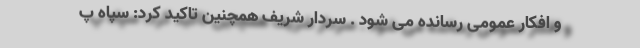
و افکار عمومی رسانده می شود . سردار شریف همچنین تاکید کرد: سپاه پ